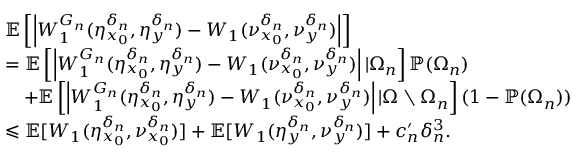
\begin{array} { r l } & { \mathbb E \left[ \left| W _ { 1 } ^ { G _ { n } } ( \eta _ { x _ { 0 } } ^ { \delta _ { n } } , \eta _ { y } ^ { \delta _ { n } } ) - W _ { 1 } ( \nu _ { x _ { 0 } } ^ { \delta _ { n } } , \nu _ { y } ^ { \delta _ { n } } ) \right| \right] } \\ & { = \mathbb E \left[ \left| W _ { 1 } ^ { G _ { n } } ( \eta _ { x _ { 0 } } ^ { \delta _ { n } } , \eta _ { y } ^ { \delta _ { n } } ) - W _ { 1 } ( \nu _ { x _ { 0 } } ^ { \delta _ { n } } , \nu _ { y } ^ { \delta _ { n } } ) \right| | \Omega _ { n } \right] \mathbb { P } ( \Omega _ { n } ) } \\ & { \quad + \mathbb E \left[ \left| W _ { 1 } ^ { G _ { n } } ( \eta _ { x _ { 0 } } ^ { \delta _ { n } } , \eta _ { y } ^ { \delta _ { n } } ) - W _ { 1 } ( \nu _ { x _ { 0 } } ^ { \delta _ { n } } , \nu _ { y } ^ { \delta _ { n } } ) \right| | \Omega \setminus \Omega _ { n } \right] ( 1 - \mathbb { P } ( \Omega _ { n } ) ) } \\ & { \leqslant \mathbb E [ W _ { 1 } ( \eta _ { x _ { 0 } } ^ { \delta _ { n } } , \nu _ { x _ { 0 } } ^ { \delta _ { n } } ) ] + \mathbb E [ W _ { 1 } ( \eta _ { y } ^ { \delta _ { n } } , \nu _ { y } ^ { \delta _ { n } } ) ] + c _ { n } ^ { \prime } \delta _ { n } ^ { 3 } . } \end{array}